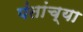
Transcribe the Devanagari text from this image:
पंतांच्या